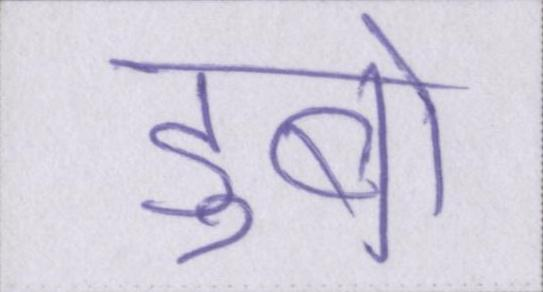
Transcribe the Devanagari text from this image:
डुबो